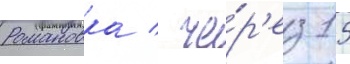
Романовка / че́р'ез 15